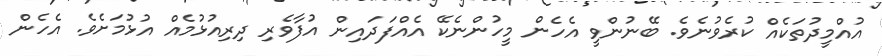
އުއްމީދުތަކެއް ކުރެވުނެވެ. ބޭނުންވީ އެހެން މީހުންނެކޭ އެއްފަދައިން އުފާވެރި ދިރިއުޅުމެއް އުޅުމަށެވެ. އެހެން